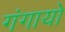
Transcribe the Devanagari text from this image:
गंगायो